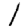
Digit: 1